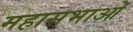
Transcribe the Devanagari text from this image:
महासभाओं